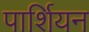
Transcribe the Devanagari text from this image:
पार्शियन